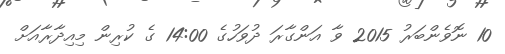
10 ނޮވެންބަރު 2015 ވާ އަންގާރަ ދުވަހުގެ 14:00 ގެ ކުރިން މިއިދާރާއަށް